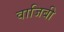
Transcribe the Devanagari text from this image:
वाजिबी